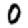
Digit: 0